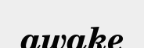
awake